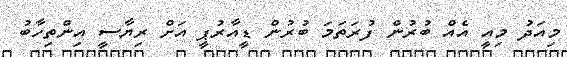
މިއަދު މިއީ އެއް ބުރުން ފުރަތަމަ ބުރުން ޑީއާރުޕީ އަށް ރިޔާސީ އިންތިހާބު